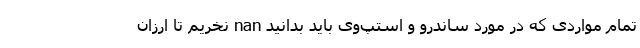
تمام مواردی که در مورد ساندرو و استپ‌وی باید بدانید nan نخریم تا ارزان